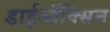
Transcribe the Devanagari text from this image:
डाईऑक्सिन